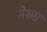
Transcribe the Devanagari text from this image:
नेश्मा